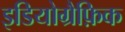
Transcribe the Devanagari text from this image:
इडियोग्रैफ़िक